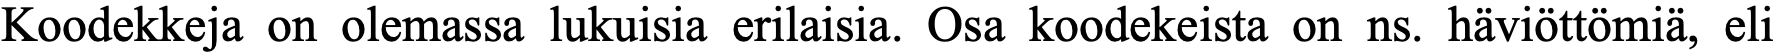
Koodekkeja on olemassa lukuisia erilaisia. Osa koodekeista on ns. häviöttömiä, eli